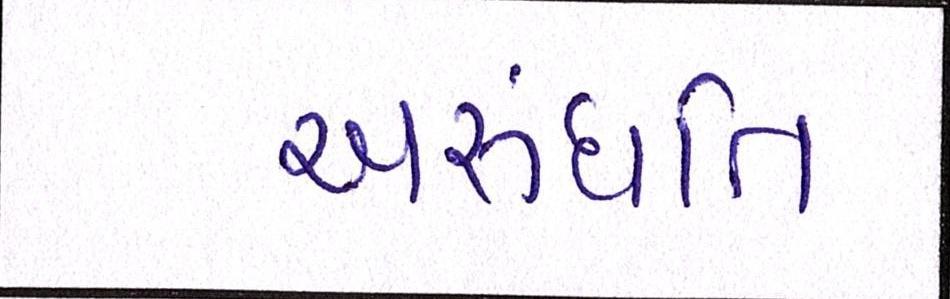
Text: અરુંધતિ